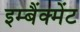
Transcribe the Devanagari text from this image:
इम्बैंक्मेंट